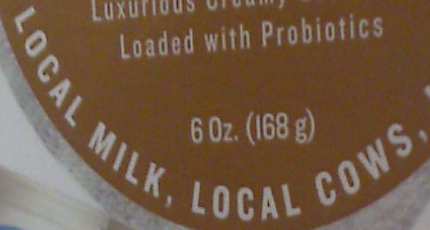
LOCAL MILK, LOCAL COWS